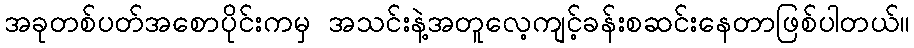
အခုတစ်ပတ်အစောပိုင်းကမှ အသင်းနဲ့အတူလေ့ကျင့်ခန်းစဆင်းနေတာဖြစ်ပါတယ်။